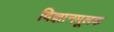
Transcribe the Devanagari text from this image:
विज्ञानमूलक